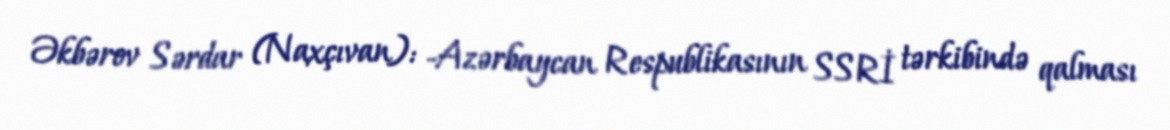
Əkbərov Sərdar (Naxçıvan): -Azərbaycan Respublikasının SSRİ tərkibində qalması